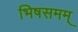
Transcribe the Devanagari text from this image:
भिषसमम्